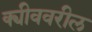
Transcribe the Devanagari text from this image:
क्यीववरील